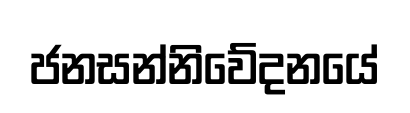
ජනසන්නිවේදනයේ